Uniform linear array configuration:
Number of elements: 4
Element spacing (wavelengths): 0.5
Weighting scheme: hann
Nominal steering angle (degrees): -30
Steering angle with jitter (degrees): -30.408
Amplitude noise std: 0.05
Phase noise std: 0.05

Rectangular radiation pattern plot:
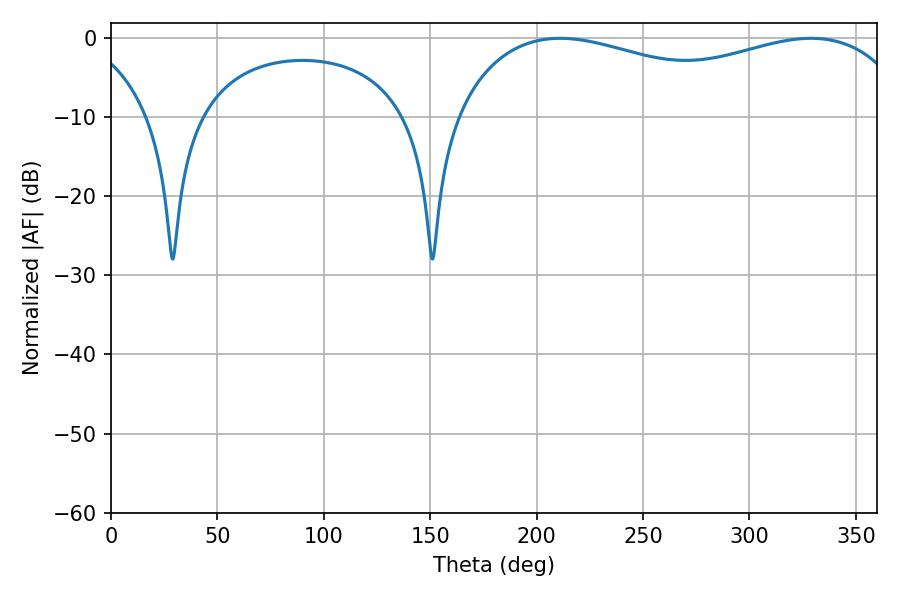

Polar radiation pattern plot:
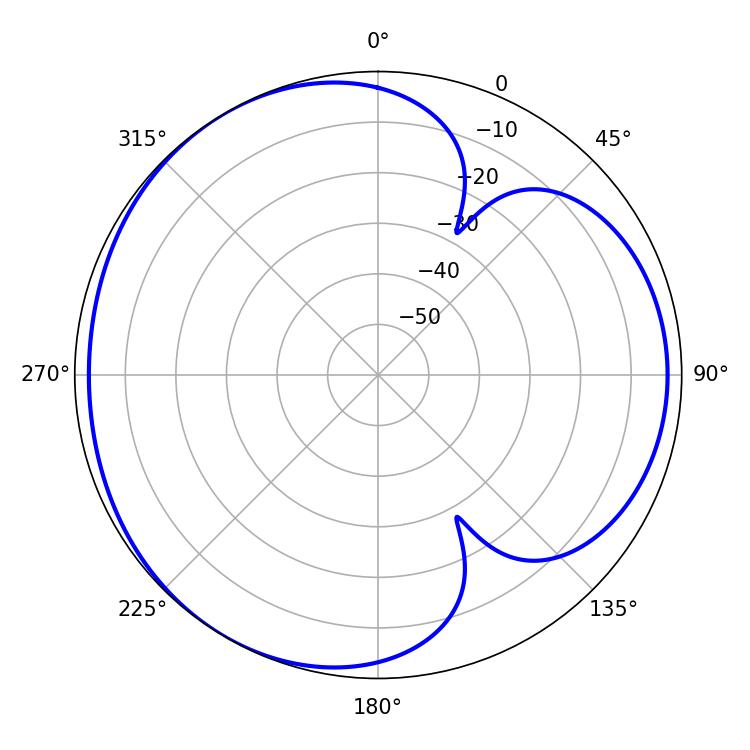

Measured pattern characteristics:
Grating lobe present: FALSE
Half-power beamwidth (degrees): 178.2
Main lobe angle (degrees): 210.96